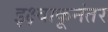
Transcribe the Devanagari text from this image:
इक्ष्वाकूनंतर